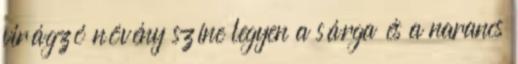
virágzó növény színe legyen a sárga és a narancs